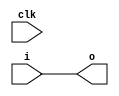
module bus_register #(parameter SIZE = 16) (input clk, input [SIZE-1:0] i, output reg [SIZE-1:0] o);
	always @(clk) begin
		o <= i;
	end
endmodule